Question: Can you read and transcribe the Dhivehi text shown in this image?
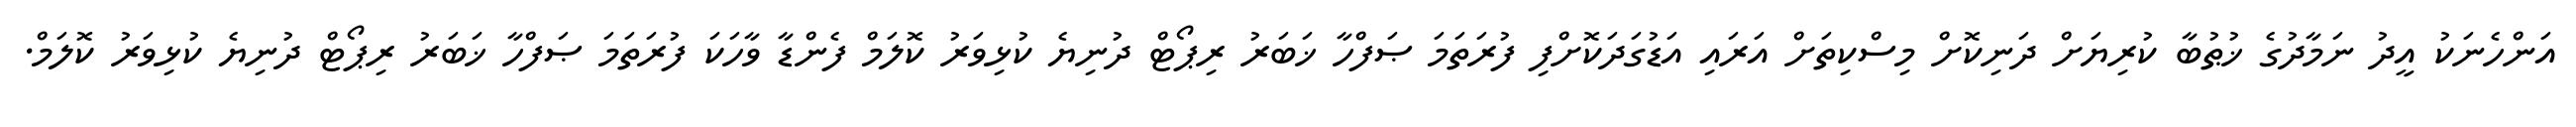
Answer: އަންހެނަކު އީދު ނަމާދުގެ ޚުޠުބާ ކުރިޔަށް ދަނިކޮށް މިސްކިތަށް އަރައި އަޑުގަދަކޮށްފި ފުރަތަމަ ޞަފްހާ ޚަބަރު ރިޕޯޓް ދުނިޔެ ކުޅިވަރު ކޮލަމް ފެންޑާ ވާހަކަ ފުރަތަމަ ޞަފްހާ ޚަބަރު ރިޕޯޓް ދުނިޔެ ކުޅިވަރު ކޮލަމް.